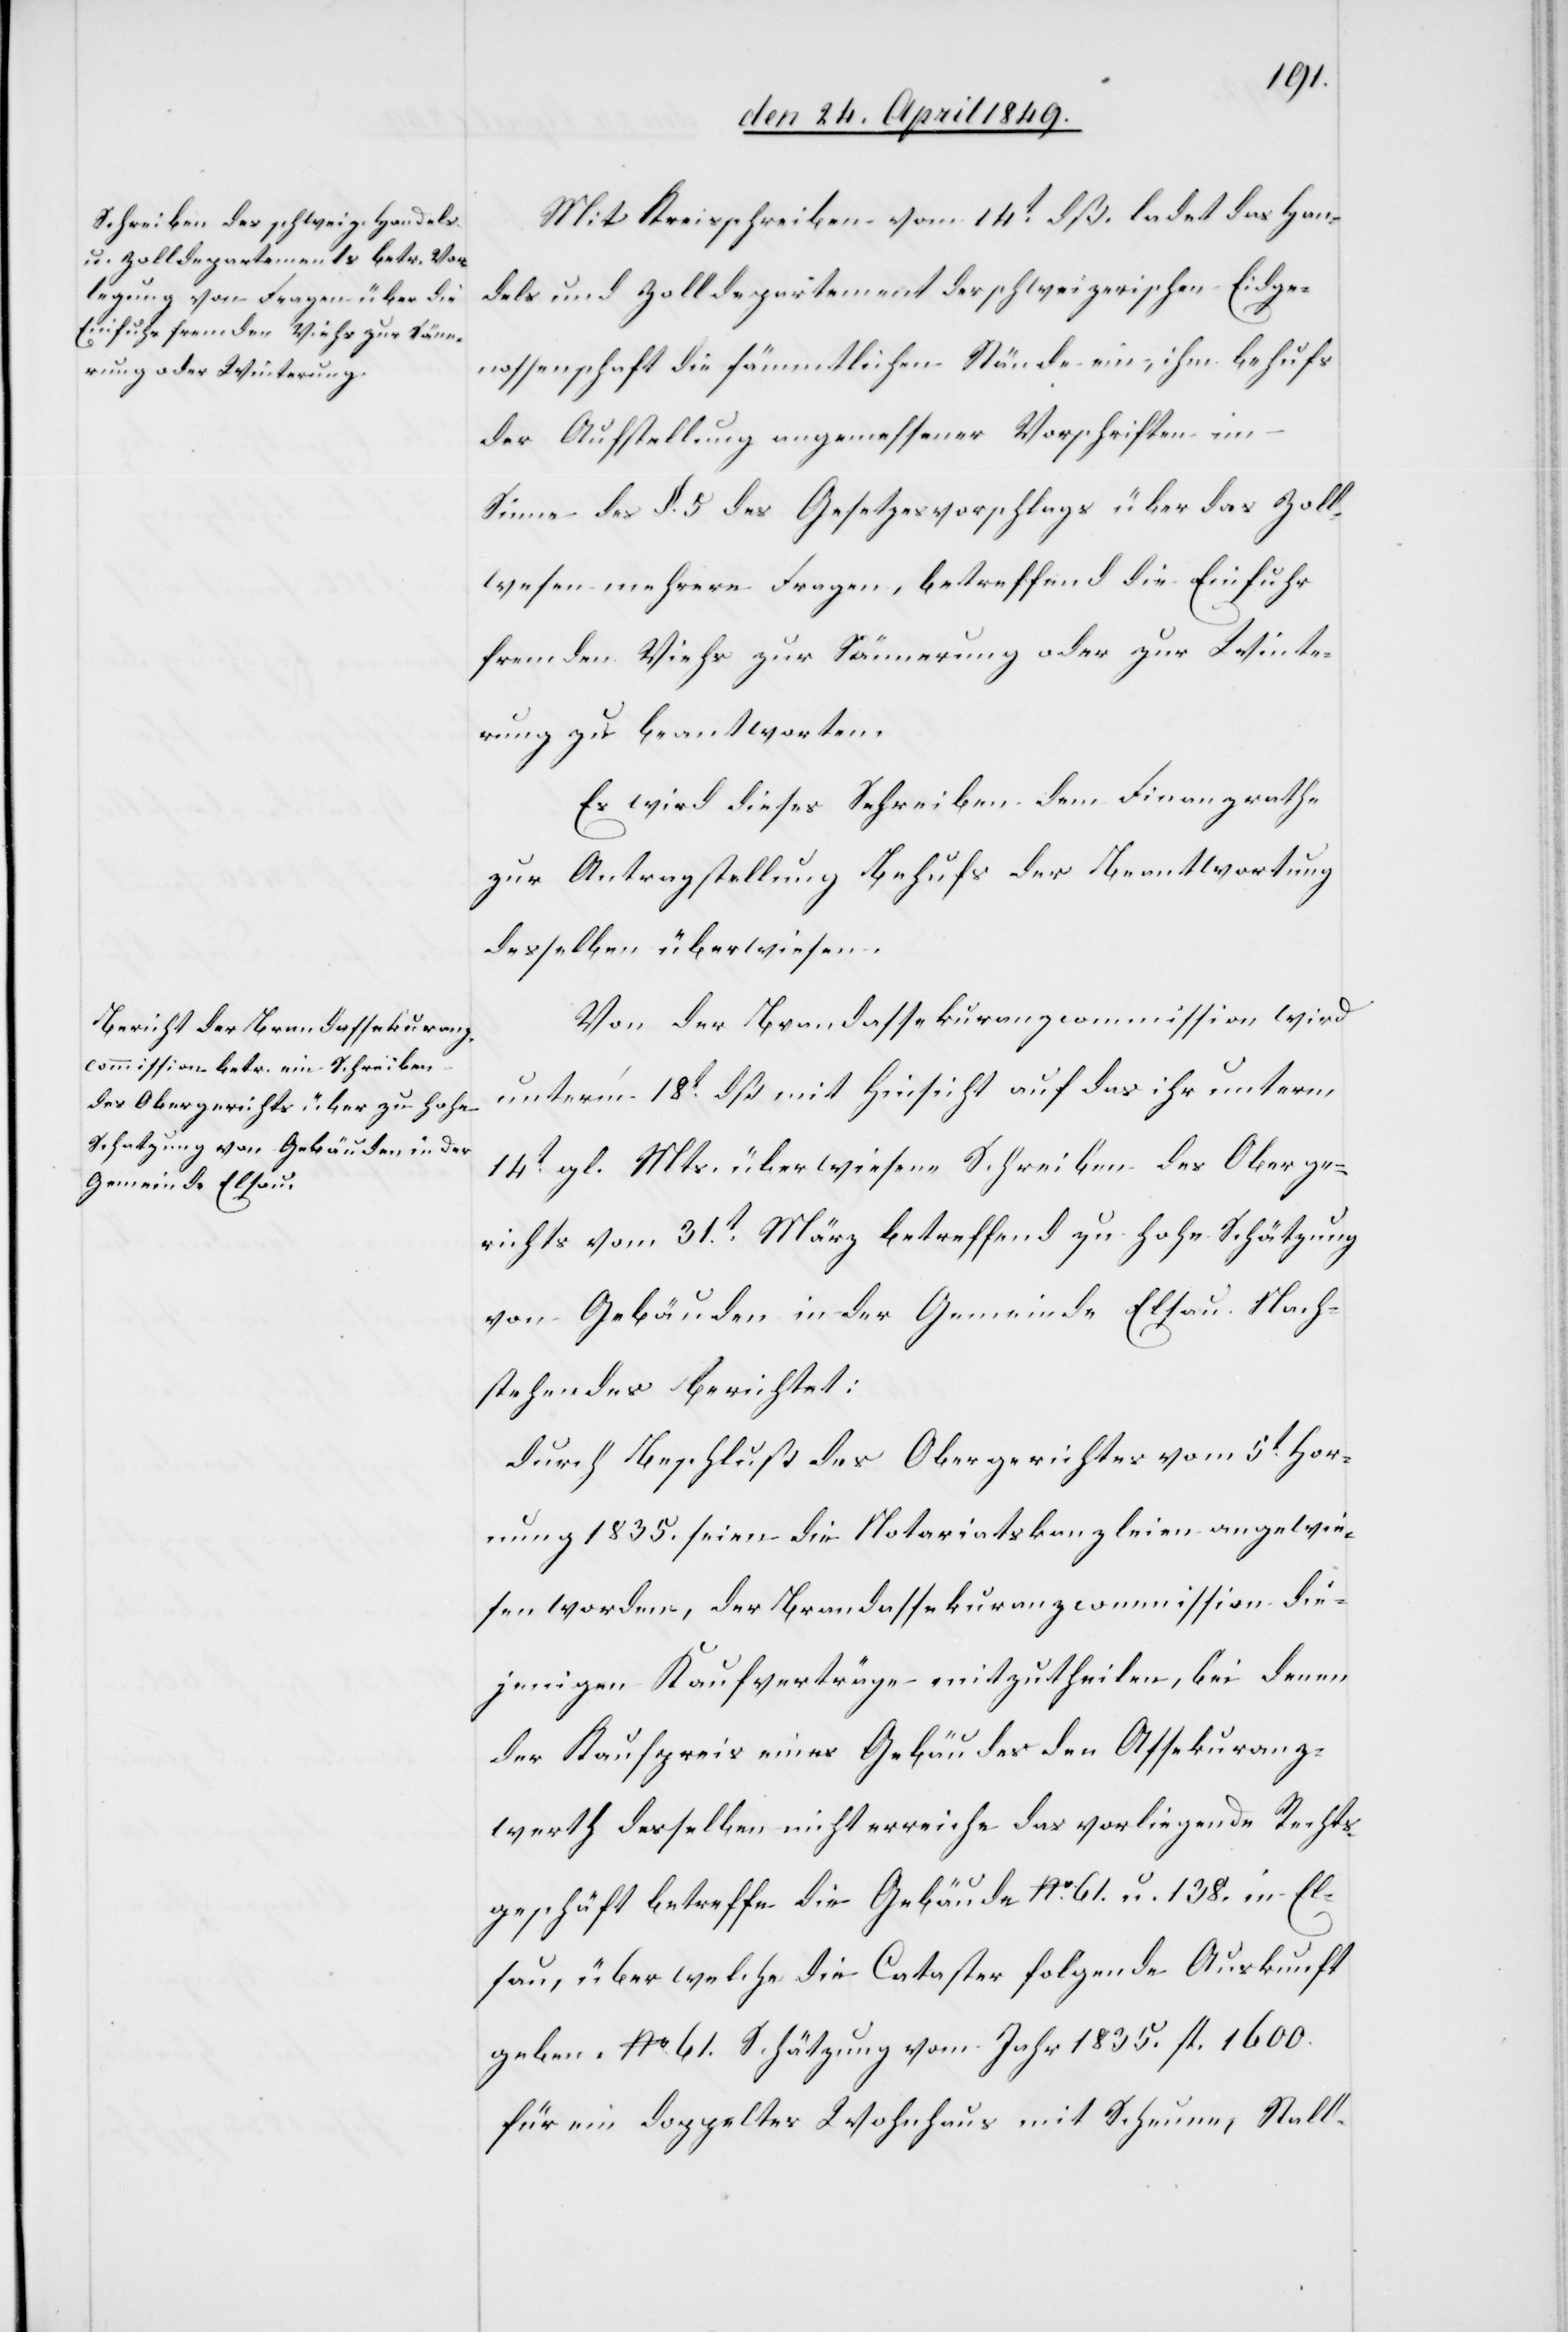
Mit Kreisschreiben vom 14t dß. ladet das Han¬
dels und Zolldepartement der schweizerischen Eidge¬
nossenschaft die sämmtlichen Stände ein, ihm behufs
der Aufstellung angemessener Vorschriften im
Sinne des §. 5. des Gesetzesvorschlags über das Zoll¬
wesen mehrere Fragen, betreffend die Einfuhr
fremden Viehs zur Sömmerung oder zur Winte¬
rung zu beantworten.
Es wird dieses Schreiben dem Finanzrathe
zur Antragstellung behufs der Beantwortung
desselben überwiesen.
Von der Brandassekuranzcommission wird
unterm 18t dß mit Hinsicht auf das ihr unterm
14t gl. Mts. überwiesene Schreiben des Oberge¬
richts vom 31t März betreffend zu hohe Schätzung
von Gebäuden in der Gemeinde Elsau Nach¬
folgendes berichtet:
durch Beschluß des Obergerichtes vom 5t Hor¬
nung 1835. seien die Notariatskanzleien angewie¬
sen worden, der Brandassekuranzcommission die¬
jenigen Kaufverträge mitzutheilen, bei denen
der Kaufpreis eines Gebäudes den Assekuranz¬
werth desselben nicht erreiche[.] Das vorliegende Rechts¬
geschäft betreffe die Gebäude No 61. u. 138. in El¬
sau, über welche die Cataster folgende Auskunft
geben. No 61. Schätzung vom Jahr 1835. fl. 1600.
für ein doppeltes Wohnhaus mit Scheune, Stall,